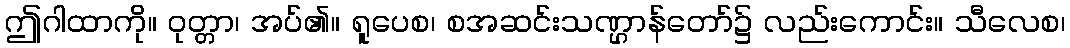
ဤဂါထာကို။ ဝုတ္တာ၊ အပ်၏။ ရူပေစ၊ စအဆင်းသဏ္ဌာန်တော်၌ လည်းကောင်း။ သီလေစ၊